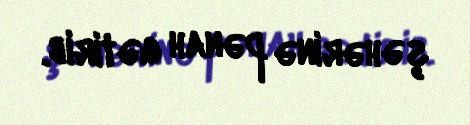
şəhərinə pənah gətirib.